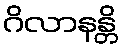
ဂိလာနန္တိ